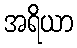
အရိယာ